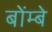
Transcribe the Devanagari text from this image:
बोंम्बे